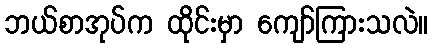
ဘယ်စာအုပ်က ထိုင်းမှာ ကျော်ကြားသလဲ။